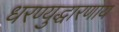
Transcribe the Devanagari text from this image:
धरण्युद्धारणाय